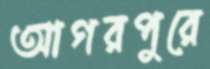
আগরপুরে